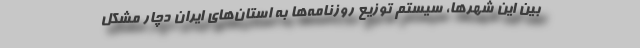
بین این شهرها، سیستم توزیع روزنامه‌ها به استان‌های ایران دچار مشکل